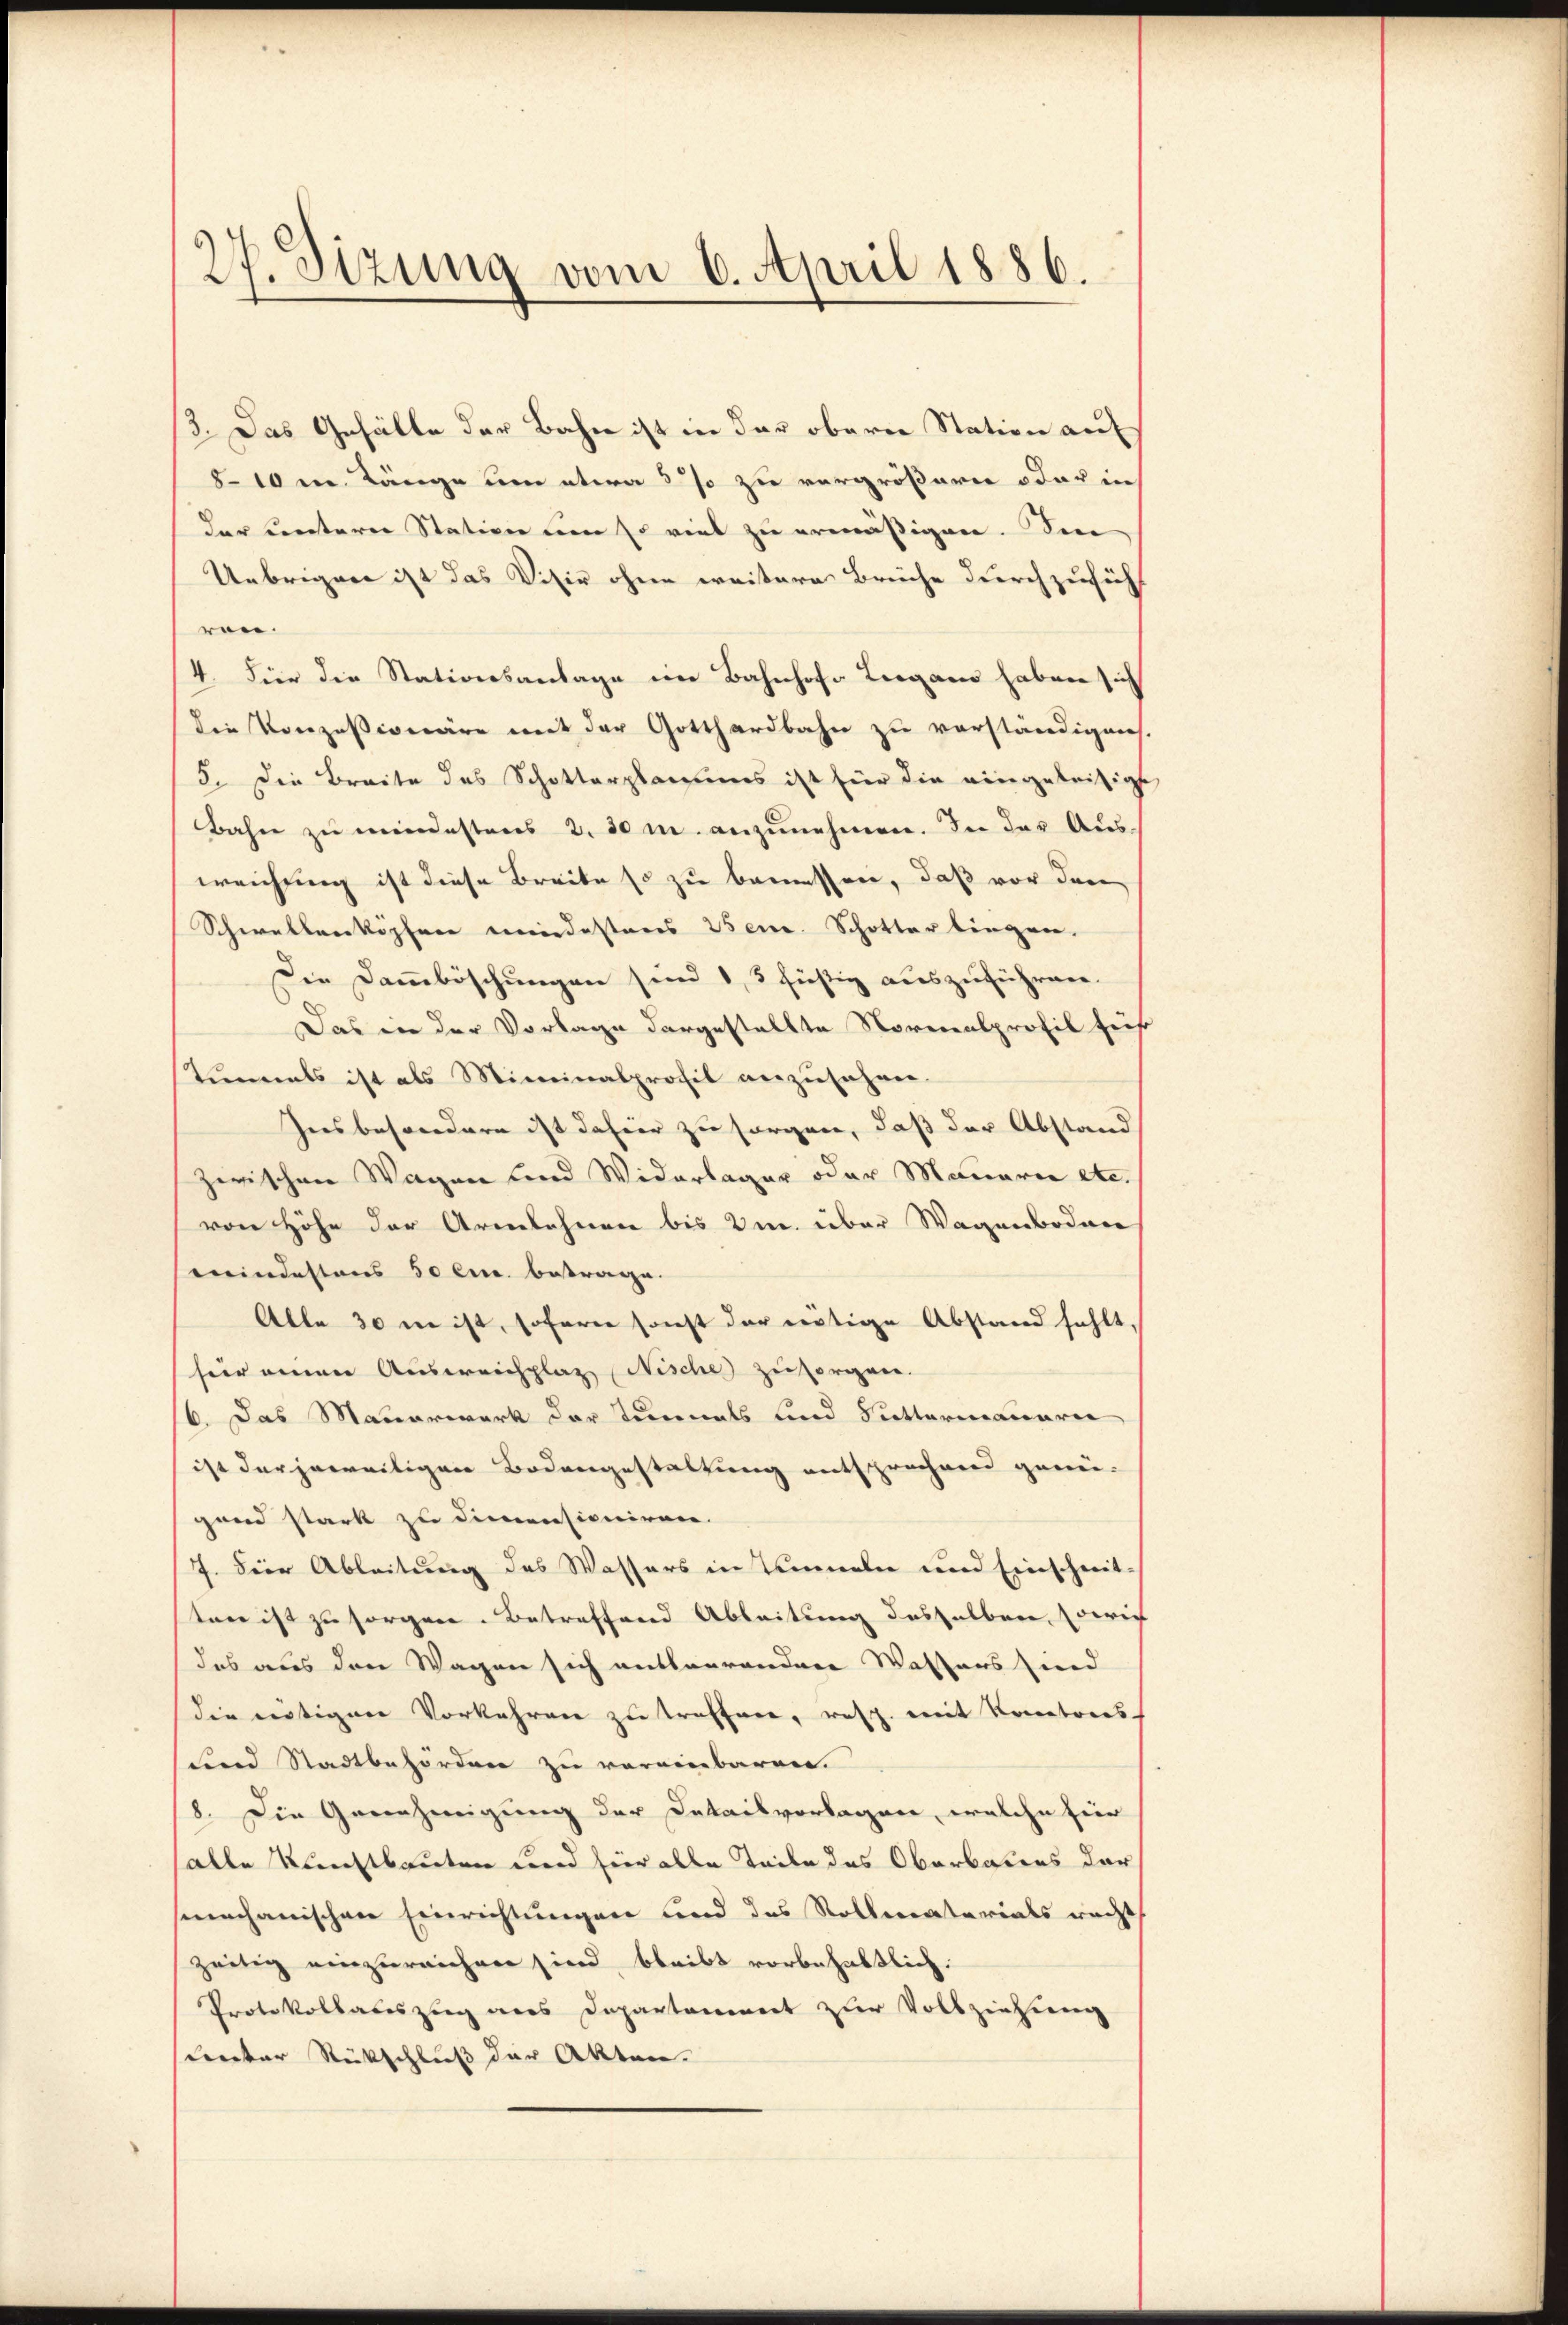
27. Sizung vom 6. April 1886.

/3. Das Gefälle der Bahn ist in der oberen Station auf
8-10 m Länge um etwa 3 % zu vergrößern oder in
der unterer Station um so viel zu ermässigen. Sie
Uebrigen ist das Visir ohne weitere Brüche durchzusuch
ren.
4. Für die Stationsanlage im Bahnhofe Liegen haben sich
Die Konzessionäre mit der Gotthardbahn zu verständigen
5. Die Breite des Schotterplanes ist für die eingeleisig
Bahn zu mindestens 2. 30 m. anzunehmen. In der Ausweichung ist diese Breite so zu bemessen, daß vor den
Schwellenköpfene niedestens Ven. Schotterlingen.
Die Dammböschungen sind 1, 3 füßig auszuführen.
Das in der Vorlage dargestellte Normalprofil sich
tinals ist als Miminalprofil anzusehen.
hies besondere ist dahier zu sorgen, daß der Abstand
zwischen Wagen und Widerlager oder Mauern etc.
von Höhe der Armlehnen bis um über Wagenboden
enindestens 50 l. betrage.
Alle 30 ne ist, sofern sonst der nötige Abstand fehlt,
fiir einen Ausweichplaz Nische zu sorgen.
16. Das Mauerwerk der Turnals und Suttermauerie
ist der jeweiligen Bodengestaltung entsprochend genü-
gand stark zu dimensioniren.
7. Hier Ableitung des Wassers in Temmeln und Einschrittone ist zu sorgen. Betreffend Ableitung desselben Corrich
das aus den Wagen sich entlagranden Wassers sind
die nötigen Vorkehren zu treffen, resp. mit Kantons-
sind Stadtbehörden zu vereinbaren.
8. Die Genehmigung der Detailvorlagen, welche hier
alle Kunstbauten und hier alle Teile des Oberbauers der
smechanischen Einrichtungen und das Rollenatarials nächt
zeitig einzureichen sind bleibt vorbehaltlich.
Protokollateszug aus Departement zur Vollziehung
Lnter Rückschluß der Akten.

s